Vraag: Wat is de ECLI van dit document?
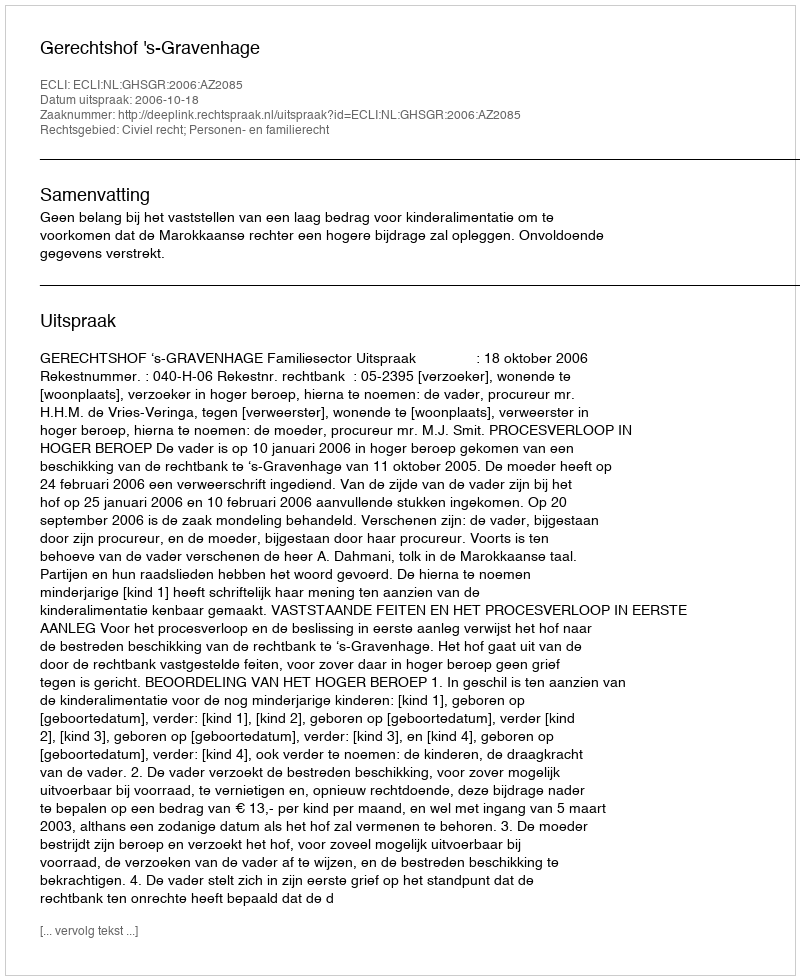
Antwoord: ECLI:NL:GHSGR:2006:AZ2085